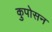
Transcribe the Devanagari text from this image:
कुपोसन